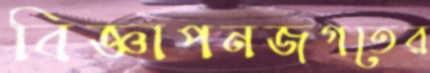
বিজ্ঞাপনজগতের